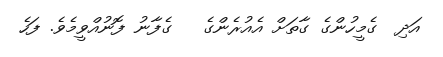
އަދި  ގެމީހުންގެ ގާތަށް އެއުރެންގެ   ގެފާނު ފޮނުއްވީމެވެ. ފަހެ